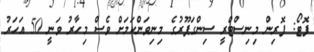
ފޮޓޯ: ފޮރިން މިނިސްޓްރީ ސިންގަޕޫރުގެ މިނިވަންކަމަށް ވެސް މިހާރު ވަނީ 50 އަހަރު